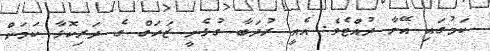
ކަމުގައި އޭނާ ދުއްޓެވެ. އެއީ ރުދަބާ ގުޅެނީ ޒަހަގް ގެ ދަރިކޮޅާ ކަމަށް